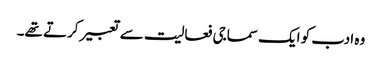
وہ ادب کو ایک سماجی فعالیت سے تعبیر کرتے تھے۔